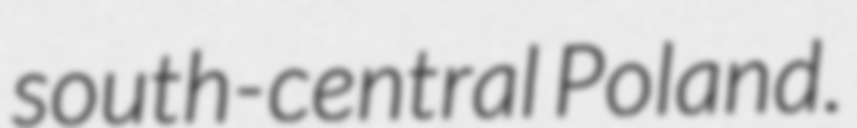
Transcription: south-central Poland.